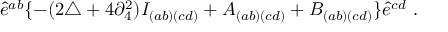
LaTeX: \hat { e } ^ { a b } \{ - ( 2 \triangle + 4 \partial _ { 4 } ^ { 2 } ) I _ { ( a b ) ( c d ) } + A _ { ( a b ) ( c d ) } + B _ { ( a b ) ( c d ) } \} \hat { e } ^ { c d } \ .